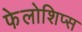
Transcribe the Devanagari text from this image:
फेलोशिप्स